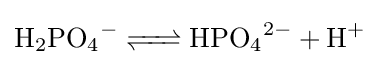
{\ce {H2PO4- <=> HPO4^2- + H+}}